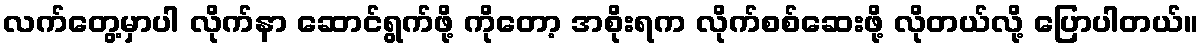
လက်တွေ့မှာပါ လိုက်နာ ဆောင်ရွက်ဖို့ ကိုတော့ အစိုးရက လိုက်စစ်ဆေးဖို့ လိုတယ်လို့ ပြောပါတယ်။